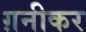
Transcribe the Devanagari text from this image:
ग़नीकर